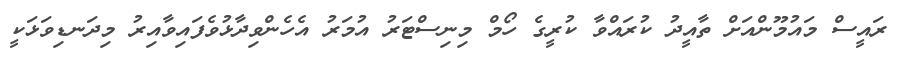
ރައީސް މައުމޫންއަށް ތާއީދު ކުރައްވާ ކުރީގެ ހޯމް މިނިސްޓަރު އުމަރު އެެހެންވިދާޅުވެފައިވާއިރު މިދަނޑިވަޅަކީ